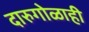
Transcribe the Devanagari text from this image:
दारुगोळाही